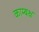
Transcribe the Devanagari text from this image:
काम्बक्ष